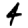
Digit: 4